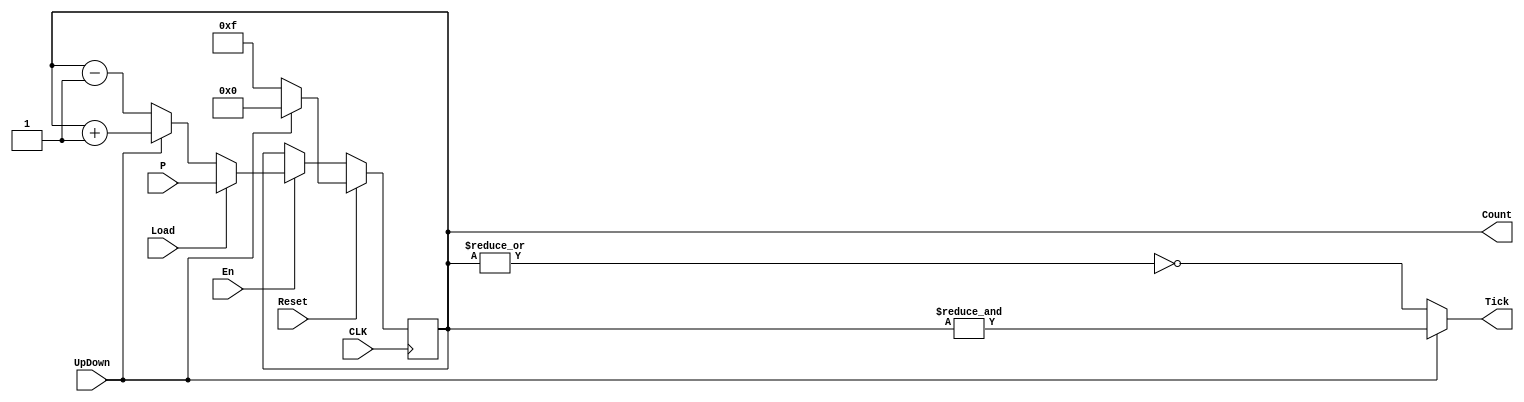
module Counter (
    input CLK, En, Reset, Load, UpDown,
    input [3:0] P,
    output Tick,
    output reg [3:0] Count
);
    always @(posedge CLK) begin
        if(Reset)   // Active High Synchronous Reset.
            if(UpDown) // Counting Up. Reset value is 0000.
                Count <= 0;
            else        // Counting Down. Reset value is 1111.
                Count <= 4'b1111;
        else if(En) // Checking if the counter is enabled.
            if(Load)// Loading P data to Count.
                Count <= P;
            else if(UpDown) // Counting Up.
                Count <= Count + 1;
            else            // Counting Down.
                Count <= Count - 1;
    end
    // If counting up, the tick is when Count = 1111.
    // If counting down, the tick is when Count = 0000.
    assign Tick = (UpDown)? &(Count) : ~|(Count);
endmodule